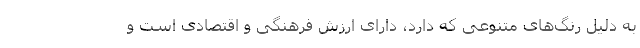
به دلیل رنگ‌های متنوعی که دارد، دارای ارزش فرهنگی و اقتصادی است و